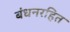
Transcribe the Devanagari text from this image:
बंधनरहित